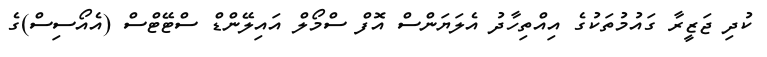
ކުދި ޖަޒީރާ ގައުމުތަކުގެ އިއްތިހާދު އެލަޔަންސް އޮފް ސްމޯލް އައިލޭންޑް ސްޓޭޓްސް (އެއޯސިސް)ގެ